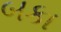
બકા